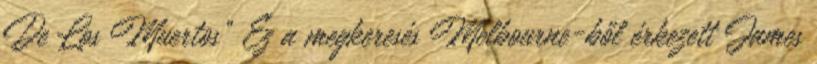
De Los Muertos" Ez a megkeresés Melbourne-ből érkezett James